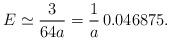
LaTeX: \begin{align*}E\simeq\frac{3}{64a}=\frac{1}{a}\,0.046875.\end{align*}